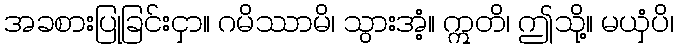
အခစားပြုခြင်းငှာ။ ဂမိဿာမိ၊ သွားအံ့။ ဣတိ၊ ဤသို့။ မယှံပိ၊